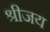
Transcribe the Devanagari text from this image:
श्रीजय